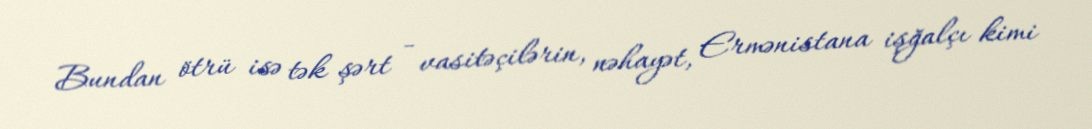
Bundan ötrü isə tək şərt - vasitəçilərin, nəhayət, Ermənistana işğalçı kimi